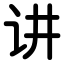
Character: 讲